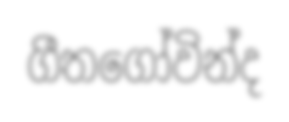
ගීතගෝවින්ද